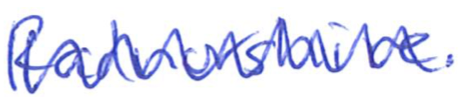
Text: Radnorshire.
Cross-out: zig-zag
Writing tool: ballpoint